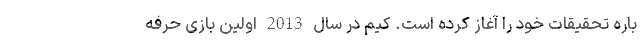
باره تحقیقات خود را آغاز کرده است. کیم در سال 2013 اولین بازی حرفه